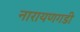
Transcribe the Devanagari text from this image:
नारायणगडी